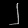
Digit: ၂